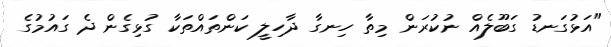
"އަޅުގަނޑު ގަބޫލެއް ނުކުރަން މިތާ ހިނގާ ދާހިލީ ކަންތައްތަކާ ގުޅިގެން ދެ ގައުމުގެ